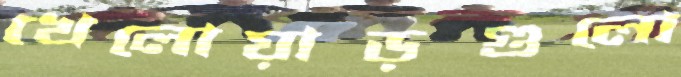
খেলোয়াড়গুলো